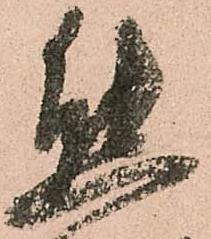
熊